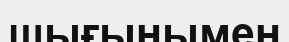
шығынымен